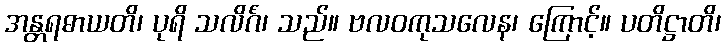
အန္တရဓာယတိ၊ ပုရိ သလိင်္ဂံ၊ သည်။ ဗလဝကုသလေန၊ ကြောင့်။ ပတိဋ္ဌာတိ၊